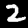
Digit: 2